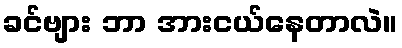
ခင်ဗျား ဘာ အားငယ်နေတာလဲ။